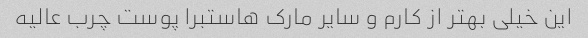
این خیلی بهتر از کارم و سایر مارک هاستبرا پوست چرب عالیه